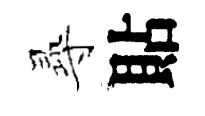
𡬶貼